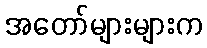
အတော်များများက